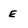
Character: E